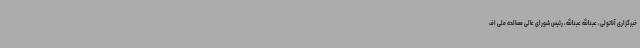
خبرگزاری آناتولی، عبدالله عبدالله، رئیس شورای عالی مصالحه‌ ملی اف